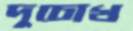
দুচোখ